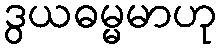
ဒွယဓမ္မမာဟု